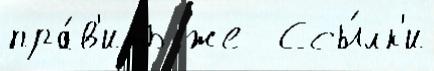
пра́в'ить же  Ссы́лк'и